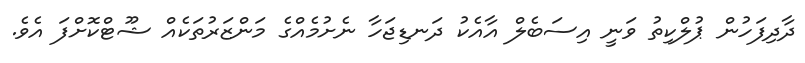
ދާދިފަހުން ޕުލްކިތު ވަނީ އިސަބެލް އާއެކު ދަނޑިޖަހާ ނެށުމެއްގެ މަންޒަރުތަކެއް ޝޫޓްކޮށްފަ އެވެ.